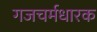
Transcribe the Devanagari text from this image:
गजचर्मधारक